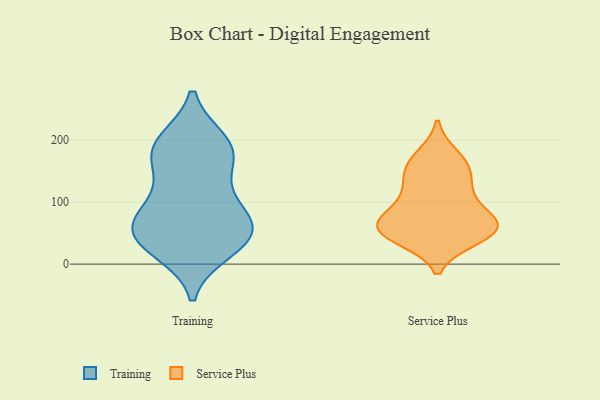
{"axis": {"x": "Humidity (%)", "y": "Value"}, "legend": ["Service Plus", "Training"], "data": [{"x": "", "y": 190, "type": "Training"}, {"x": "", "y": 158, "type": "Training"}, {"x": "", "y": 197, "type": "Training"}, {"x": "", "y": 109, "type": "Training"}, {"x": "", "y": 23, "type": "Training"}, {"x": "", "y": 45, "type": "Training"}, {"x": "", "y": 178, "type": "Training"}, {"x": "", "y": 188, "type": "Training"}, {"x": "", "y": 50, "type": "Training"}, {"x": "", "y": 31, "type": "Training"}, {"x": "", "y": 53, "type": "Training"}, {"x": "", "y": 61, "type": "Training"}, {"x": "", "y": 71, "type": "Training"}, {"x": "", "y": 95, "type": "Training"}, {"x": "", "y": 63, "type": "Service Plus"}, {"x": "", "y": 144, "type": "Service Plus"}, {"x": "", "y": 125, "type": "Service Plus"}, {"x": "", "y": 154, "type": "Service Plus"}, {"x": "", "y": 95, "type": "Service Plus"}, {"x": "", "y": 59, "type": "Service Plus"}, {"x": "", "y": 73, "type": "Service Plus"}, {"x": "", "y": 117, "type": "Service Plus"}, {"x": "", "y": 72, "type": "Service Plus"}, {"x": "", "y": 48, "type": "Service Plus"}, {"x": "", "y": 41, "type": "Service Plus"}, {"x": "", "y": 175, "type": "Service Plus"}, {"x": "", "y": 46, "type": "Service Plus"}, {"x": "", "y": 167, "type": "Service Plus"}, {"x": "", "y": 49, "type": "Service Plus"}, {"x": "", "y": 69, "type": "Service Plus"}]}